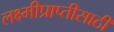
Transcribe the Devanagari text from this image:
लक्ष्मीप्राप्तीसाठी